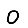
Digit: 0